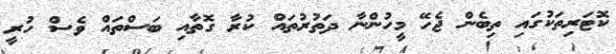
ކޮޓަރިތަކުގައި ތިބެން ޖެހޭ މީހުންނާ ދަތުރުތައް ކުރާ ގޮތާއި ބަސްތައް ވެސް ހުރީ